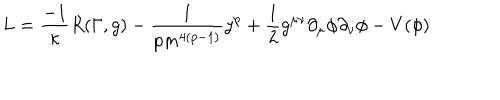
L = \frac { - 1 } { \kappa } R ( \Gamma , g ) - \frac { 1 } { p m ^ { 4 ( p - 1 ) } } y ^ { p } + \frac { 1 } { 2 } g ^ { \mu \nu } \partial _ { \mu } \phi \partial _ { \nu } \phi - V ( \phi )